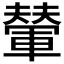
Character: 𫏼